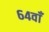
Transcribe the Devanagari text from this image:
६४वाँ